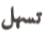
تسهل